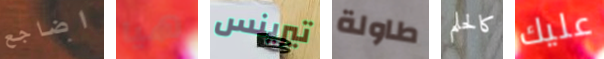
اضاجع هيا تيرينس طاولة كالحلم عليك